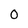
Character: 0